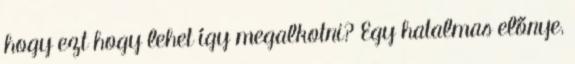
hogy ezt hogy lehet így megalkotni? Egy hatalmas előnye,